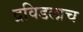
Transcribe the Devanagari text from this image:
द्रविडलाच